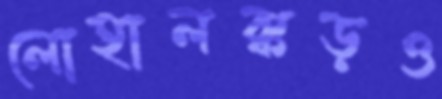
লোহালক্কড়ও